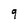
Character: q